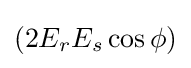
(2E_{r}E_{s}\cos \phi )